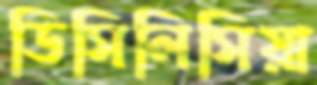
ডিসিলিসিয়া